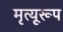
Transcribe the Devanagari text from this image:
मृत्यूरूप